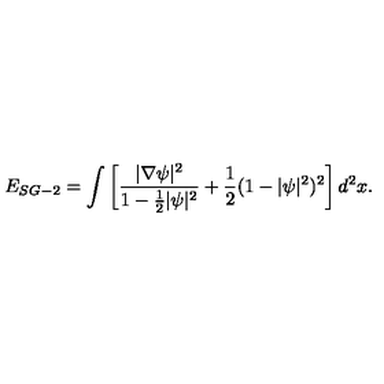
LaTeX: E _ { S G - 2 } = \int \left[ \frac { | \nabla \psi | ^ { 2 } } { 1 - \frac { 1 } { 2 } | \psi | ^ { 2 } } + \frac { 1 } { 2 } ( 1 - | \psi | ^ { 2 } ) ^ { 2 } \right] { d ^ { 2 } x } .